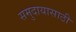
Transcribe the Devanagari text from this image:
समुदायासाठी